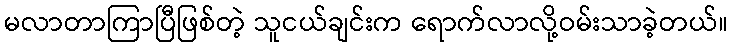
မလာတာကြာပြီဖြစ်တဲ့ သူငယ်ချင်းက ရောက်လာလို့ဝမ်းသာခဲ့တယ်။